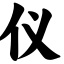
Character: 仪